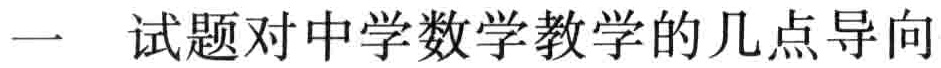
一  试题对中学数学教学的几点导向